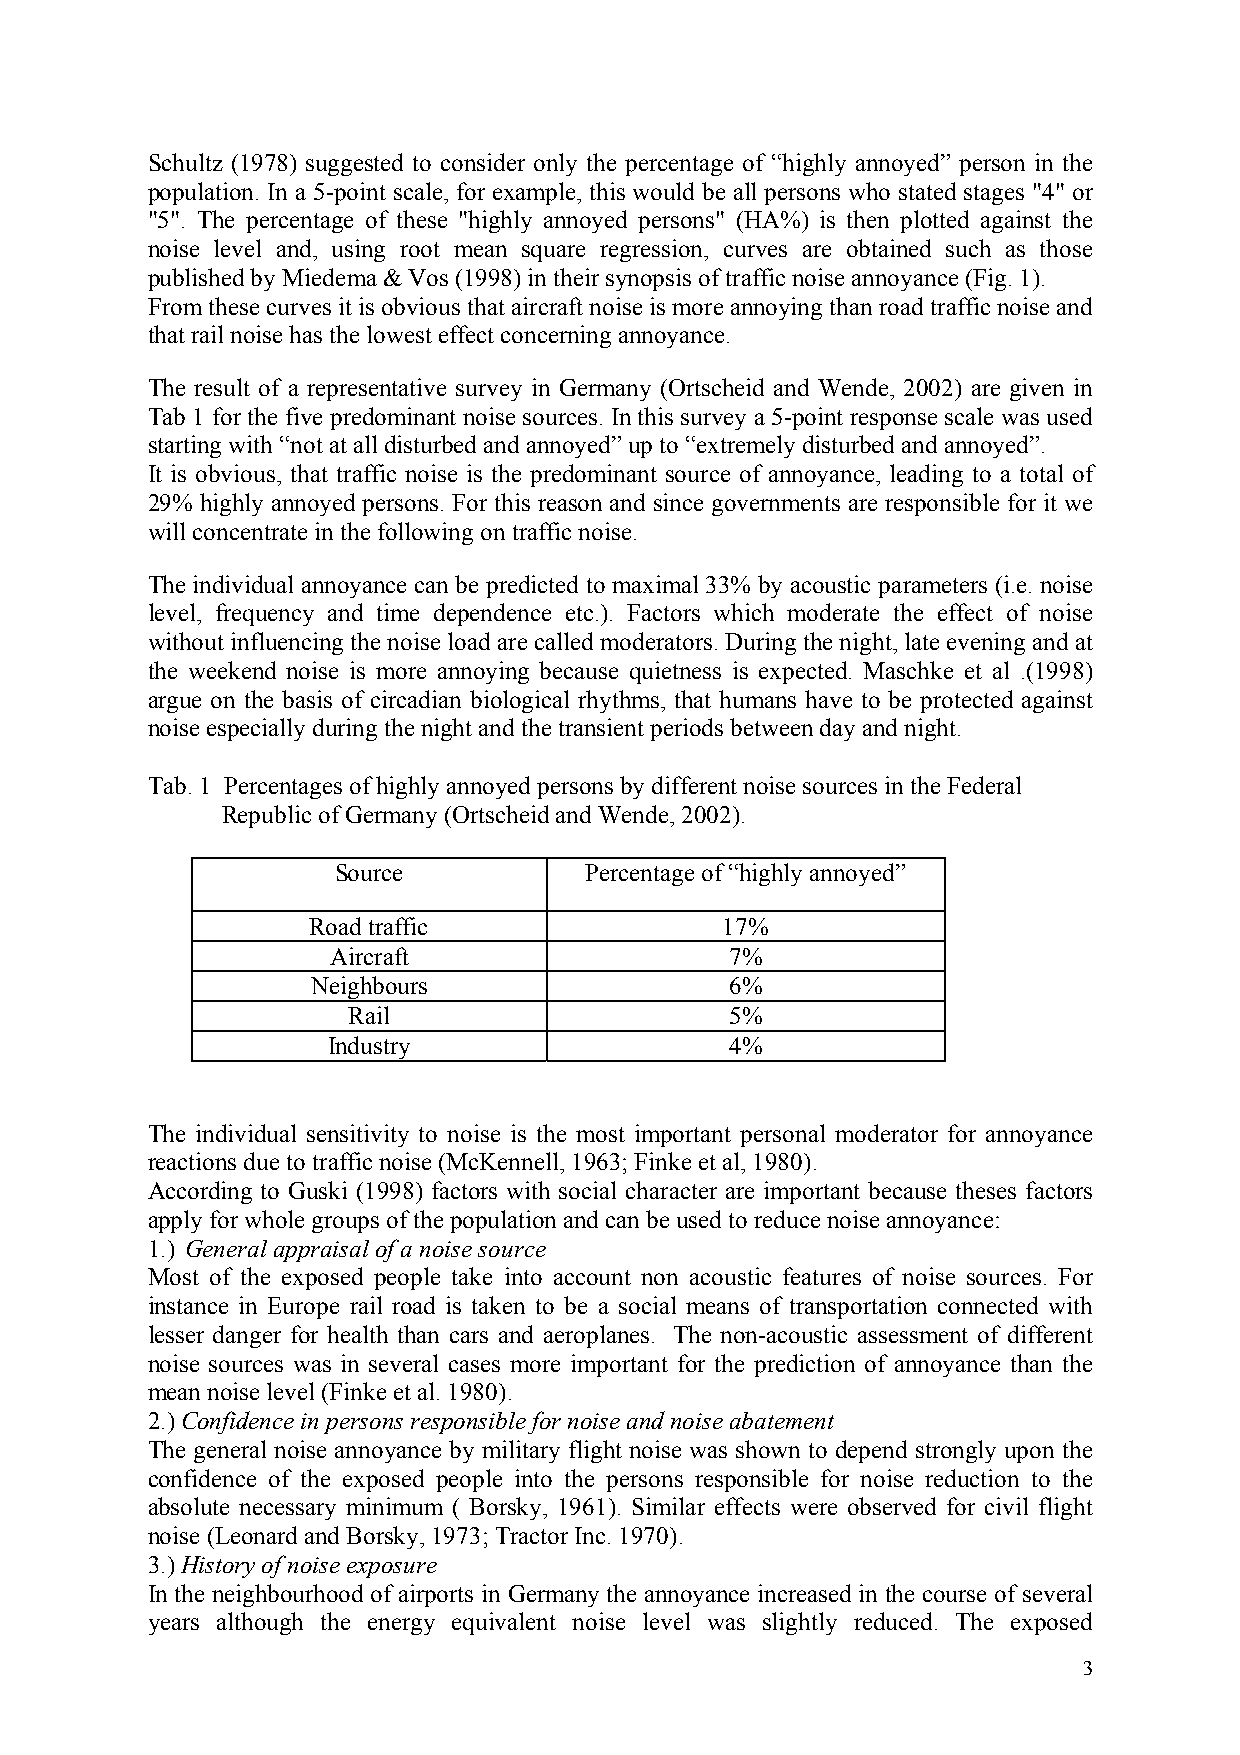
Schultz (1978) suggested to consider only the percentage of “highly annoyed” person in the
 population. In a 5-point scale, for example, this would be all persons who stated stages "4" or
 "5". The percentage of these "highly annoyed persons" (HA%) is then plotted against the
 noise level and, using root mean square regression, curves are obtained such as those
 published by Miedema & Vos (1998) in their synopsis of traffic noise annoyance (Fig. 1).
 From these curves it is obvious that aircraft noise is more annoying than road traffic noise and
 that rail noise has the lowest effect concerning annoyance.
 The result of a representative survey in Germany (Ortscheid and Wende, 2002) are given in
 Tab 1 for the five predominant noise sources. In this survey a 5-point response scale was used
 starting with “not at all disturbed and annoyed” up to “extremely disturbed and annoyed”.
 It is obvious, that traffic noise is the predominant source of annoyance, leading to a total of
 29% highly annoyed persons. For this reason and since governments are responsible for it we
 will concentrate in the following on traffic noise.
 The individual annoyance can be predicted to maximal 33% by acoustic parameters (i.e. noise
 level, frequency and time dependence etc.). Factors which moderate the effect of noise
 without influencing the noise load are called moderators. During the night, late evening and at
 the weekend noise is more annoying because quietness is expected. Maschke et al .(1998)
 argue on the basis of circadian biological rhythms, that humans have to be protected against
 noise especially during the night and the transient periods between day and night.
 Tab. 1 Percentages of highly annoyed persons by different noise sources in the Federal
 Republic of Germany (Ortscheid and Wende, 2002).
 Source           Percentage of “highly annoyed”
 Road traffic                17%
 Aircraft                  7%
 Neighbours                 6%
 Rail                     5%
 Industry                  4%
 The individual sensitivity to noise is the most important personal moderator for annoyance
 reactions due to traffic noise (McKennell, 1963; Finke et al, 1980).
 According to Guski (1998) factors with social character are important because theses factors
 apply for whole groups of the population and can be used to reduce noise annoyance:
 1.) General appraisal of a noise source
 Most of the exposed people take into account non acoustic features of noise sources. For
 instance in Europe rail road is taken to be a social means of transportation connected with
 lesser danger for health than cars and aeroplanes. The non-acoustic assessment of different
 noise sources was in several cases more important for the prediction of annoyance than the
 mean noise level (Finke et al. 1980).
 2.) Confidence in persons responsible for noise and noise abatement
 The general noise annoyance by military flight noise was shown to depend strongly upon the
 confidence of the exposed people into the persons responsible for noise reduction to the
 absolute necessary minimum ( Borsky, 1961). Similar effects were observed for civil flight
 noise (Leonard and Borsky, 1973; Tractor Inc. 1970).
 3.) History of noise exposure
 In the neighbourhood of airports in Germany the annoyance increased in the course of several
 years although the energy equivalent noise level was slightly reduced. The exposed
 3